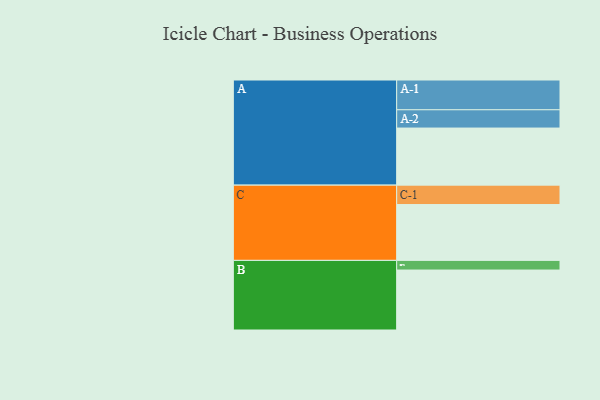
{"axis": {"x": "Segment", "y": "Value"}, "legend": ["", "A", "B", "C"], "data": [{"x": "A", "y": 556, "type": ""}, {"x": "B", "y": 584, "type": ""}, {"x": "C", "y": 544, "type": ""}, {"x": "A-1", "y": 290, "type": "A"}, {"x": "A-2", "y": 178, "type": "A"}, {"x": "B-1", "y": 94, "type": "B"}, {"x": "C-1", "y": 189, "type": "C"}]}